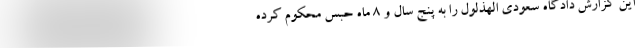
این گزارش دادگاه سعودی الهذلول را به پنج سال و ۸ ماه حبس محکوم کرده